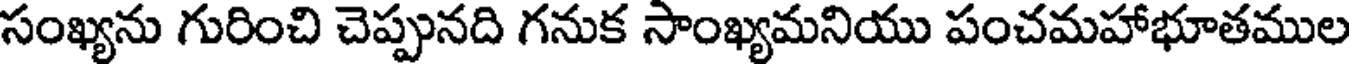
సంఖ్యను గురించి చెప్పునది గనుక సాంఖ్యమనియు పంచమహాభూతముల